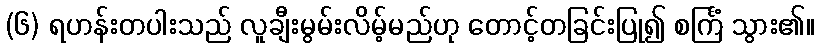
(၆) ရဟန်းတပါးသည် လူချီးမွမ်းလိမ့်မည်ဟု တောင့်တခြင်းပြု၍ စင်္ကြံ သွား၏။